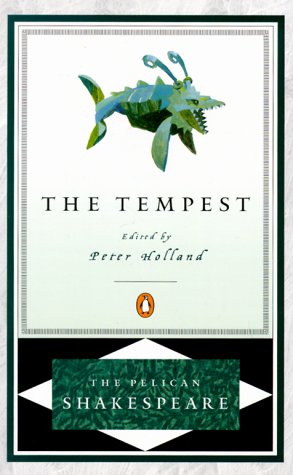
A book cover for The Tempest (The Pelican Shakespeare); William Shakespeare; Literature & Fiction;